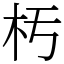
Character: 𣏓